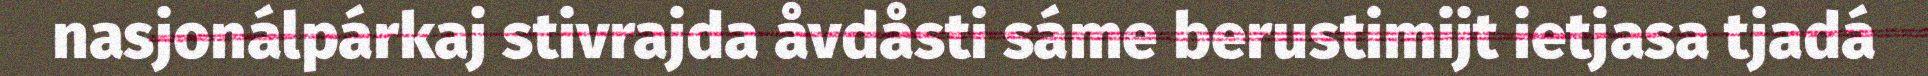
nasjonálpárkaj stivrajda åvdåsti sáme berustimijt ietjasa tjadá